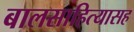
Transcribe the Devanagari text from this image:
बालसाहित्यासह